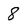
Character: 8